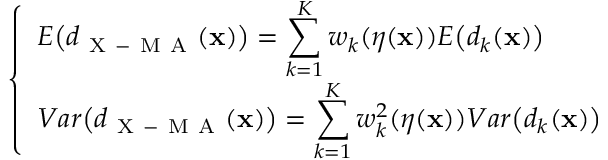
\left\{ \begin{array} { l l } { \displaystyle E \bigl ( d _ { \mathrm { ~ X ~ - ~ M ~ A ~ } } ( \mathbf { x } ) \bigr ) = \sum _ { k = 1 } ^ { K } w _ { k } ( \boldsymbol { \eta } ( \mathbf { x } ) ) E \bigl ( d _ { k } ( \mathbf { x } ) \bigr ) } \\ { \displaystyle V a r \bigl ( d _ { \mathrm { ~ X ~ - ~ M ~ A ~ } } ( \mathbf { x } ) \bigr ) = \sum _ { k = 1 } ^ { K } w _ { k } ^ { 2 } ( \boldsymbol { \eta } ( \mathbf { x } ) ) V a r \bigl ( d _ { k } ( \mathbf { x } ) \bigr ) } \end{array} \right.